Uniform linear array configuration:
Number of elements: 64
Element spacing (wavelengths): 1
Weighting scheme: cosine
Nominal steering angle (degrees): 45
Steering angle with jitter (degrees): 44.427
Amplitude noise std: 0.05
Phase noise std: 0.05

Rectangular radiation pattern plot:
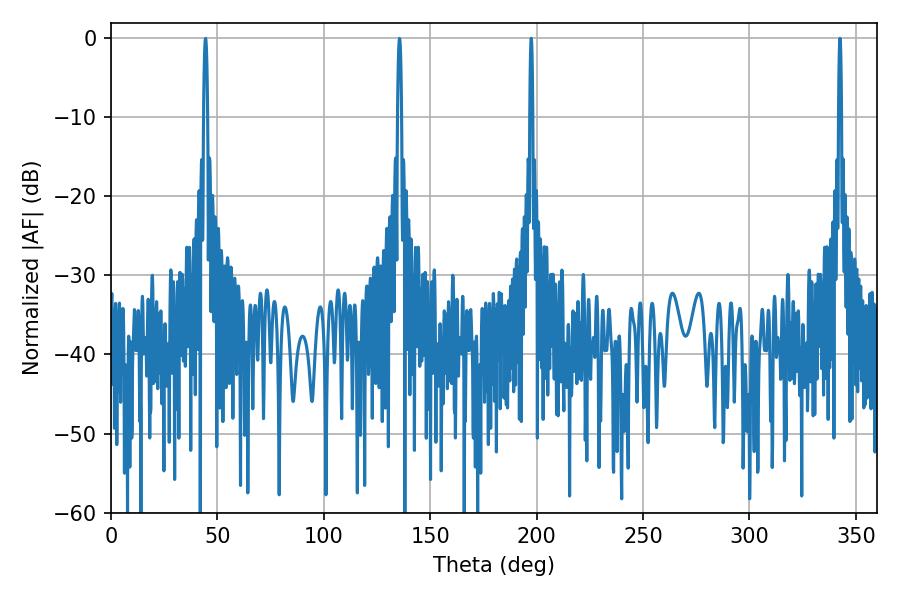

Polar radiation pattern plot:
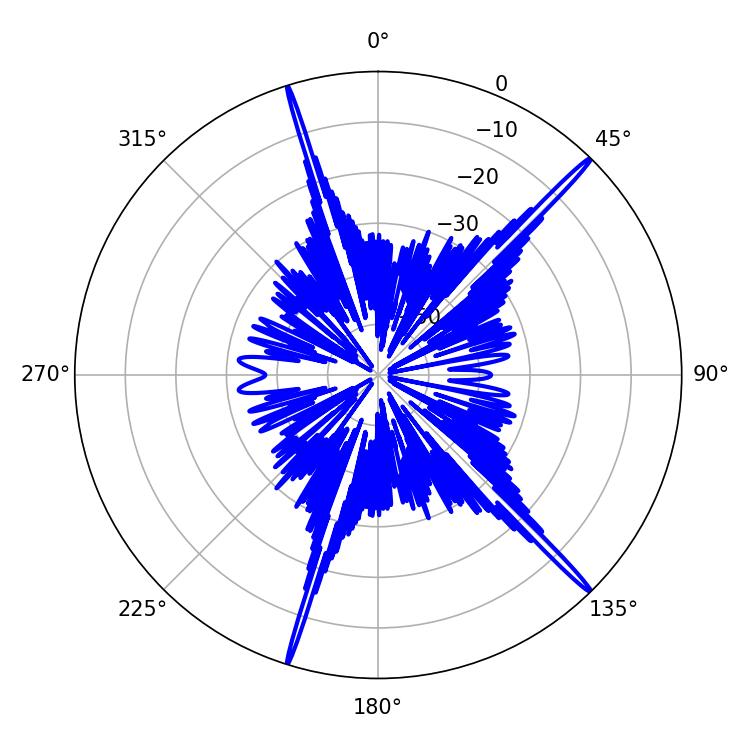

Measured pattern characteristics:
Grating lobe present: TRUE
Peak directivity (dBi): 19.824
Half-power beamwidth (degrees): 0.72
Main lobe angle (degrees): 197.46